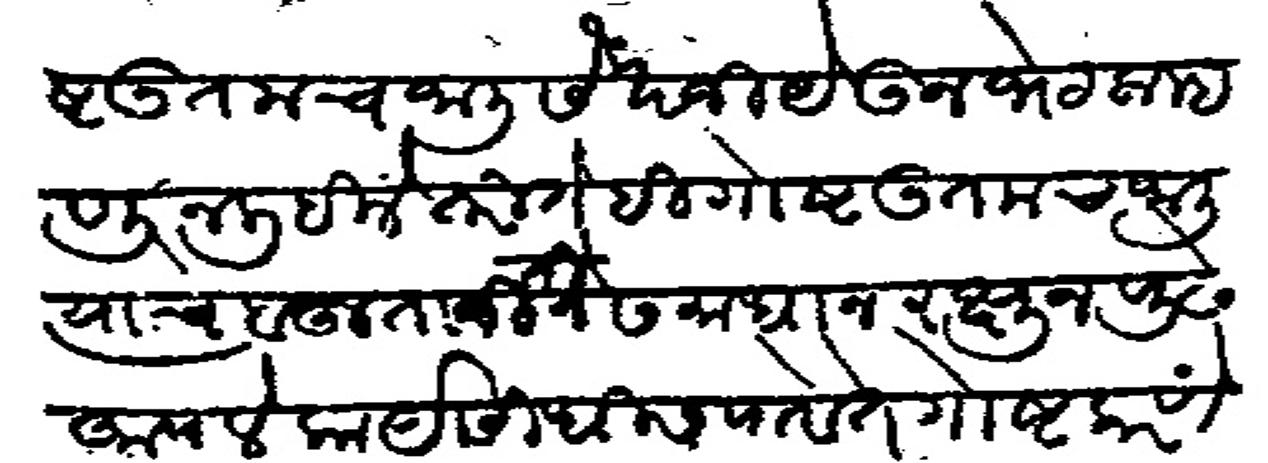
Transliteration (Devanagari): गोष्ट उतमच जाली सेखजी येऊन भेटला म्हणून लिहीले तरी ते गोष्ट उतमच जाली त्यांचे बहुता रीतीने समाधान रथून पुढे आपले कार्य सिध्दीस पावे ते गोष्ट करणे